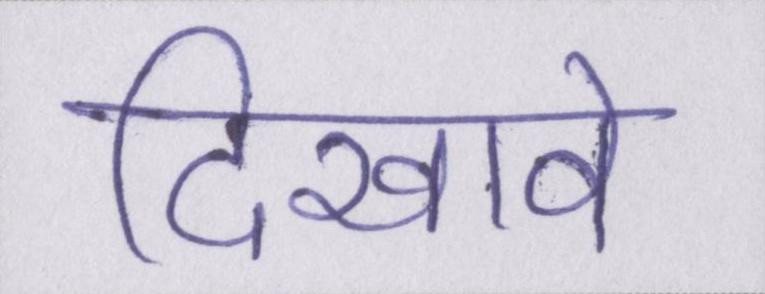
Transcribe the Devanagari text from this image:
दिखावे